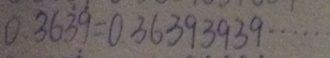
0 . 3 6 \dot { 3 } \dot { 9 } = 0 . 3 6 3 9 3 9 3 9 \cdots